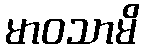
မာဝသာမိ